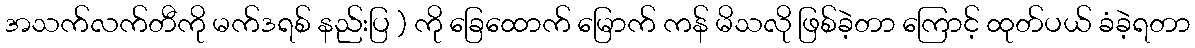
အသက်လက်တီကို မက်ဒရစ် နည်းပြ ) ကို ခြေထောက် မြောက် ကန် မိသလို ဖြစ်ခဲ့တာ ကြောင့် ထုတ်ပယ် ခံခဲ့ရတာ